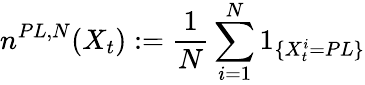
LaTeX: n^{PL,N}(X_{t}):=\frac{1}{N}\sum_{i=1}^{N}1_{\{ X_{t}^{i}=PL\} }